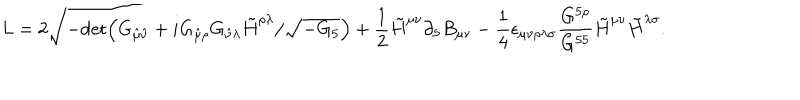
LaTeX: L = 2 \sqrt { - \mathrm { d e t } \Big ( G _ { \hat { \mu } \hat { \nu } } + i G _ { \hat { \mu } \rho } G _ { \hat { \nu } \lambda } \tilde { H } ^ { \rho \lambda } / \sqrt { - G _ { 5 } } \Big ) } + { \frac { 1 } { 2 } } \tilde { H } ^ { \mu \nu } \partial _ { 5 } B _ { \mu \nu } - { \frac { 1 } { 4 } } \epsilon _ { \mu \nu \rho \lambda \sigma } { \frac { G ^ { 5 \rho } } { G ^ { 5 5 } } } \tilde { H } ^ { \mu \nu } \tilde { H } ^ { \lambda \sigma } .